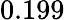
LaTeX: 0.199